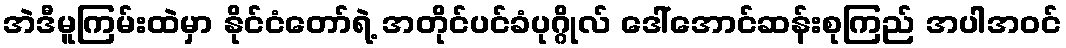
အဲဒီမူကြမ်းထဲမှာ နိုင်ငံတော်ရဲ့ အတိုင်ပင်ခံပုဂ္ဂိုလ် ဒေါ်အောင်ဆန်းစုကြည် အပါအဝင်